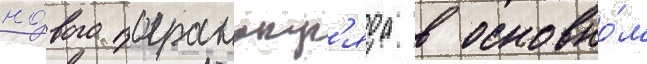
но́вого погранотр'яда в основно́м